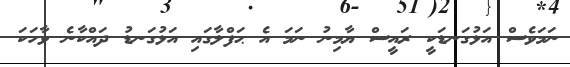
ނަމަވެސް އަޅުގަނޑަކީ ރައީސް ޔާމިނު ނަމަ އެ ޙަފްލާގައި އަޅުގަނޑު ދައްކާނެ ވާހަކަ